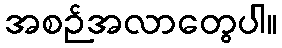
အစဉ်အလာတွေပါ။